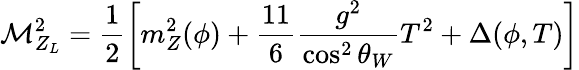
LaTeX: {\cal M}_{Z_{L}}^{2}=\frac{1}{2}\left[m_{Z}^{2}(\phi)+\frac{11}{6}\frac{g^{2}}{\cos^{2}\theta_{W}}T^{2}+\Delta(\phi,T)\right]